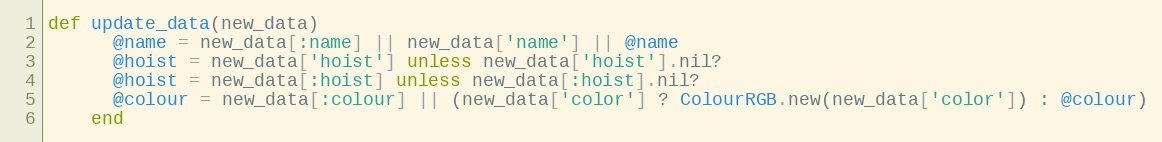
Language: Ruby
def update_data(new_data)
      @name = new_data[:name] || new_data['name'] || @name
      @hoist = new_data['hoist'] unless new_data['hoist'].nil?
      @hoist = new_data[:hoist] unless new_data[:hoist].nil?
      @colour = new_data[:colour] || (new_data['color'] ? ColourRGB.new(new_data['color']) : @colour)
    end